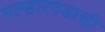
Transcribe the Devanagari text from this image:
मल्हारगडाची